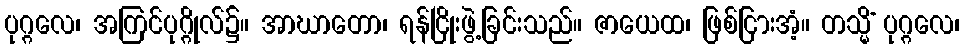
ပုဂ္ဂလေ၊ အကြင်ပုဂ္ဂိုလ်၌။ အာဃာတော၊ ရန်ငြိုးဖွဲ့ခြင်းသည်။ ဇာယေထ၊ ဖြစ်ငြားအံ့။ တသ္မိံ ပုဂ္ဂလေ၊